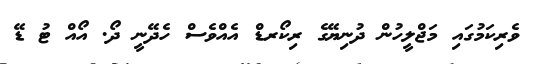
ވެރިކަމުގައި މަޖްލީހުން ދުނިޔޭގެ ރިކޯރޑް އެއްވެސް ހެދޭނީ ދޯ. އޯއް ޓު ޑޭ